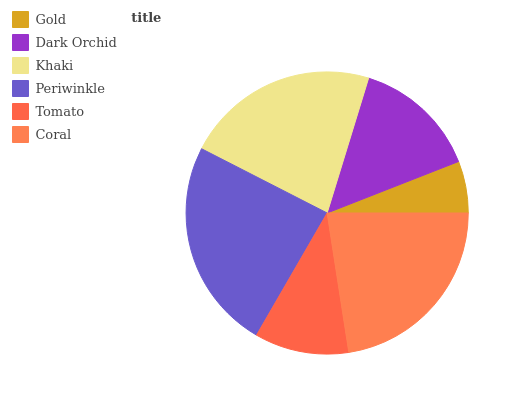
| Gold | Dark Orchid | Khaki | Periwinkle | Tomato | Coral |
 | --- | --- | --- | --- | --- | --- |
 | 5.93% | 14.3% | 22.3% | 24.2% | 10.8% | 22.6% |